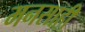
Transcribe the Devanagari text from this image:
मनसाही